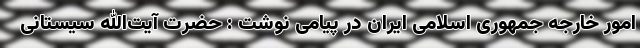
امور خارجه جمهوری اسلامی ایران در پیامی نوشت : حضرت آیت‌الله سیستانی